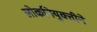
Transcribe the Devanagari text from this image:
लोकनियुक्तीने